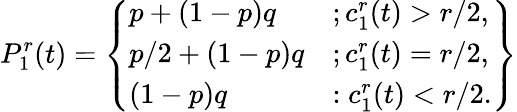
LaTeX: P_{1}^{r}(t)=\left\{ \begin{array}{ll}{p+(1-p)q}&{;c_{1}^{r}(t)>r/2,}\\ {p/2+(1-p)q}&{;c_{1}^{r}(t)=r/2,}\\ {(1-p)q}&{:c_{1}^{r}(t)<r/2.}\end{array}\right\}